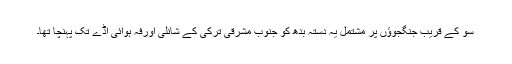
سو کے قریب جنگجوؤں پر مشتمل یہ دستہ بدھ کو جنوب مشرقی ترکی کے شانلی اورفہ ہوائی اڈے تک پہنچا تھا۔